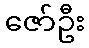
ဇော်ဦး